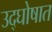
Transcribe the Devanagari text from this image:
उद्‌घोषात